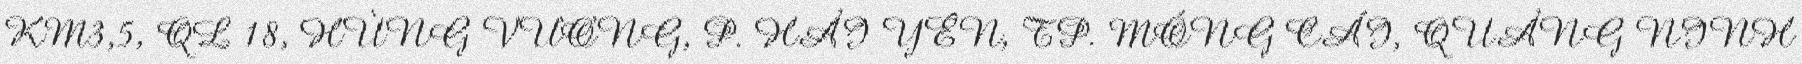
KM3,5, QL 18, HÙNG VƯƠNG, P. HẢI YÊN, TP. MÓNG CÁI, QUẢNG NINH